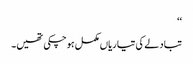
‘‘
تبادلے کی تیاریاں مکمل ہوچکی تھیں۔